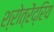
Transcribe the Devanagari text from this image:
श्रोत्रेंद्रिय